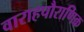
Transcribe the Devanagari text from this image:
वाराहपौराणिक